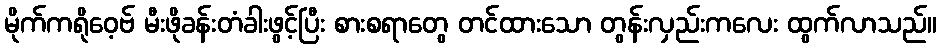
မိုက်ကရိုဝေ့ဗ် မီးဖိုခန်းတံခါးဖွင့်ပြီး စားစရာတွေ တင်ထားသော တွန်းလှည်းကလေး ထွက်လာသည်။